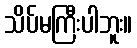
သိပ်မကြီးပါဘူး။